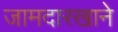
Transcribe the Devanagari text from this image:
जामदारखाने